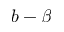
b - \beta